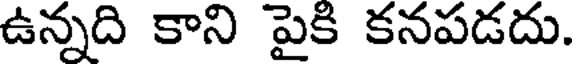
ఉన్నది కాని పైకి కనపడదు.